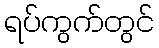
ရပ်ကွက်တွင်